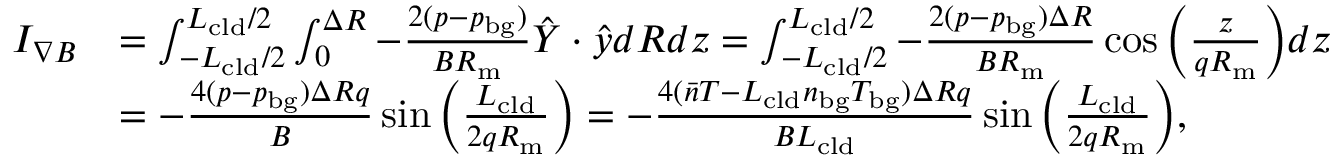
\begin{array} { r l } { I _ { \nabla B } } & { = \int _ { - L _ { \mathrm { c l d } } / 2 } ^ { L _ { \mathrm { c l d } } / 2 } \int _ { 0 } ^ { \Delta R } - \frac { 2 ( p - p _ { \mathrm { b g } } ) } { B R _ { \mathrm { m } } } \hat { Y } \cdot \hat { y } d R d z = \int _ { - L _ { \mathrm { c l d } } / 2 } ^ { L _ { \mathrm { c l d } } / 2 } - \frac { 2 ( p - p _ { \mathrm { b g } } ) \Delta R } { B R _ { \mathrm { m } } } \cos { \left( \frac { z } { q R _ { \mathrm { m } } } \right) } d z } \\ & { = - \frac { 4 ( p - p _ { \mathrm { b g } } ) \Delta R q } { B } \sin { \left( \frac { L _ { \mathrm { c l d } } } { 2 q R _ { \mathrm { m } } } \right) } = - \frac { 4 ( \bar { n } T - L _ { \mathrm { c l d } } n _ { \mathrm { b g } } T _ { \mathrm { b g } } ) \Delta R q } { B L _ { \mathrm { c l d } } } \sin { \left( \frac { L _ { \mathrm { c l d } } } { 2 q R _ { \mathrm { m } } } \right) } , } \end{array}